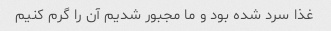
غذا سرد شده بود و ما مجبور شدیم آن را گرم کنیم